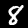
Digit: 8